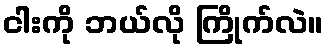
ငါးကို ဘယ်လို ကြိုက်လဲ။